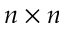
n \times n